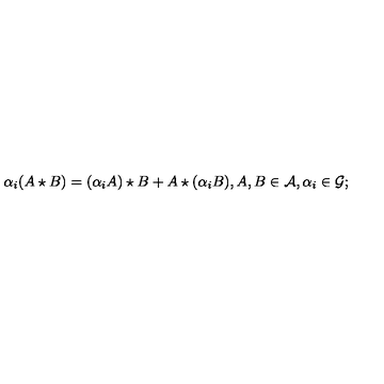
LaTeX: \alpha _ { i } ( A \star B ) = ( \alpha _ { i } A ) \star B + A \star ( \alpha _ { i } B ) , A , B \in { \cal A } , \alpha _ { i } \in { \cal G } ;